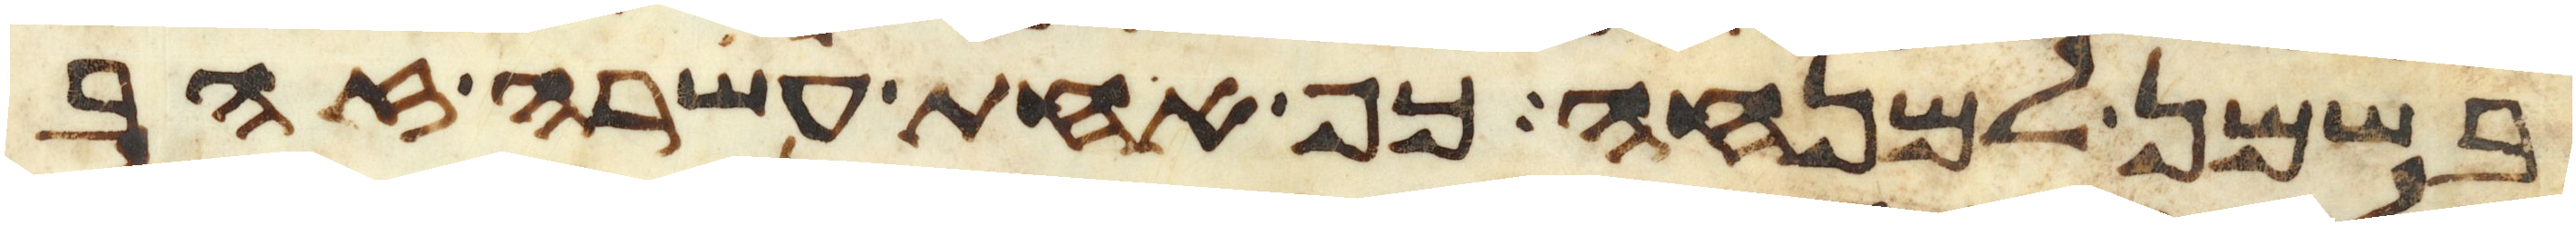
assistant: בשמן למנחה כף אחת עשרה זהב